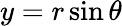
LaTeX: y=r\sin\theta